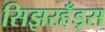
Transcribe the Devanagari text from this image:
सिझरहँड्स